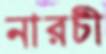
নারচী